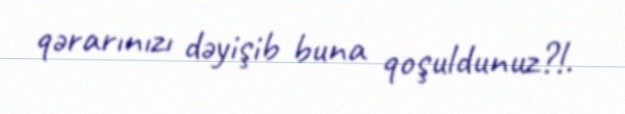
qərarınızı dəyişib buna qoşuldunuz?!.